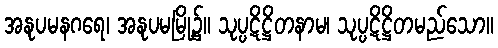
အနုပမနဂရေ၊ အနုပမမြို့၌။ သုပ္ပဋိဋ္ဌိတနာမ၊ သုပ္ပဋိဋ္ဌိတမည်သော။